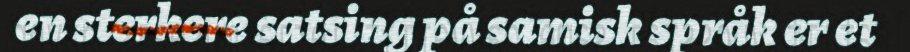
en sterkere satsing på samisk språk er et